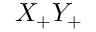
X _ { + } Y _ { + }